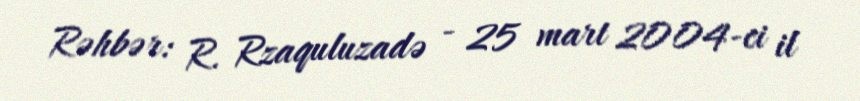
Rəhbər: R. Rzaquluzadə - 25 mart 2004-ci il